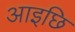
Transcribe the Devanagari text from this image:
आइछि